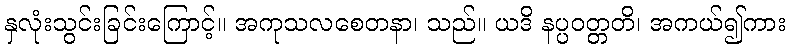
နှလုံးသွင်းခြင်းကြောင့်။ အကုသလစေတနာ၊ သည်။ ယဒိ နပ္ပဝတ္တတိ၊ အကယ်၍ကား